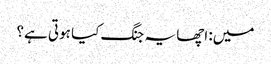
میں: اچھا یہ جنگ کیا ہوتی ہے؟